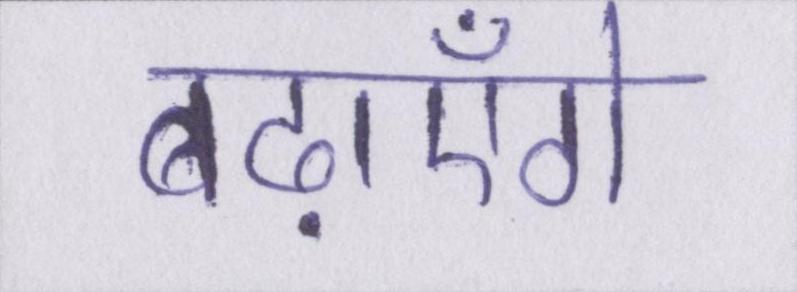
बढ़ाएँगे